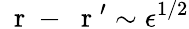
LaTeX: \mathrm{~\mathbf~r~}-\mathrm{~\mathbf~r~}^{\prime}\sim\epsilon^{1/2}